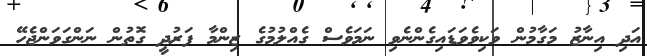
އަދި އިނާޒު މަގާމުން ވަކިވެވަޑައިގެންނެވި ނަމަވެސް ގެއްލުމުގެ ޒިންމާ ފަރުދީ ގޮތުން ނަންގަވަންޖެހޭ